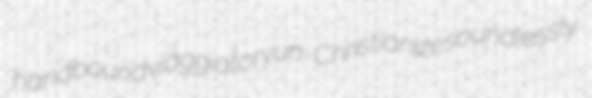
handbound viaggiatory un-Christianize soundlessly